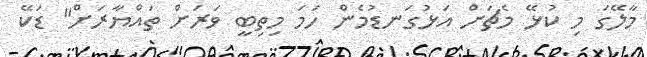
މާލޭގަ މި ކުޅޭ މެޗަށް އަޅުގަނޑުމެން ހަމަ މިތިބީ ވަރަށް ތައްޔާރަށް" ޑަކޭ